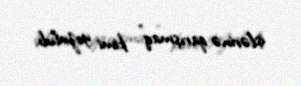
işlərinə qarışmaq” kimi yozulub.